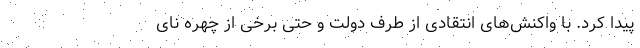
پیدا کرد. با واکنش‌های انتقادی از طرف دولت و حتی برخی از چهره نای